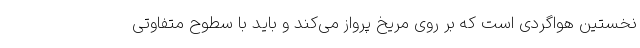
نخستین هواگردی است که بر روی مریخ پرواز می‌کند و باید با سطوح متفاوتی